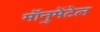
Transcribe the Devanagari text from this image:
मॉनुमेंटेल